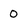
Character: 0